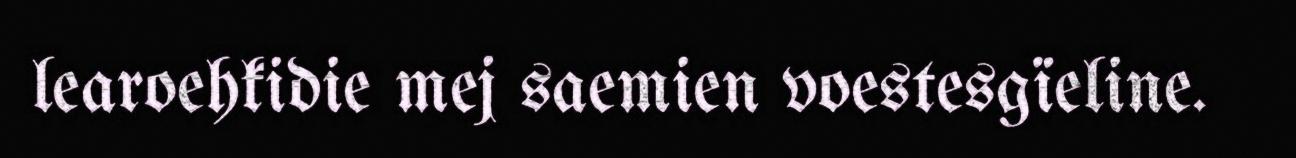
learoehkidie mej saemien voestesgïeline.